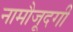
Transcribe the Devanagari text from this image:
नामौजूदगी